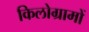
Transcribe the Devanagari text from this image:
किलोग्रामों